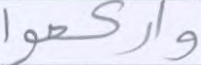
واركعوا